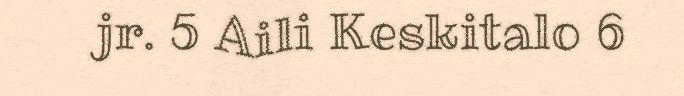
jr. 5 Aili Keskitalo 6